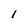
Character: 1